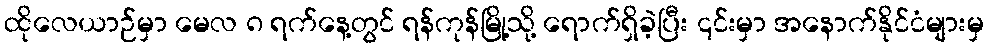
ထိုလေယာဉ်မှာ မေလ ၈ ရက်နေ့တွင် ရန်ကုန်မြို့သို့ ရောက်ရှိခဲ့ပြီး ၎င်းမှာ အနောက်နိုင်ငံများမှ